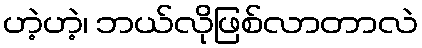
ဟဲ့ဟဲ့၊ ဘယ်လိုဖြစ်လာတာလဲ